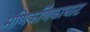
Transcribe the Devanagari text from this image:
मणिकणिंकाघाट